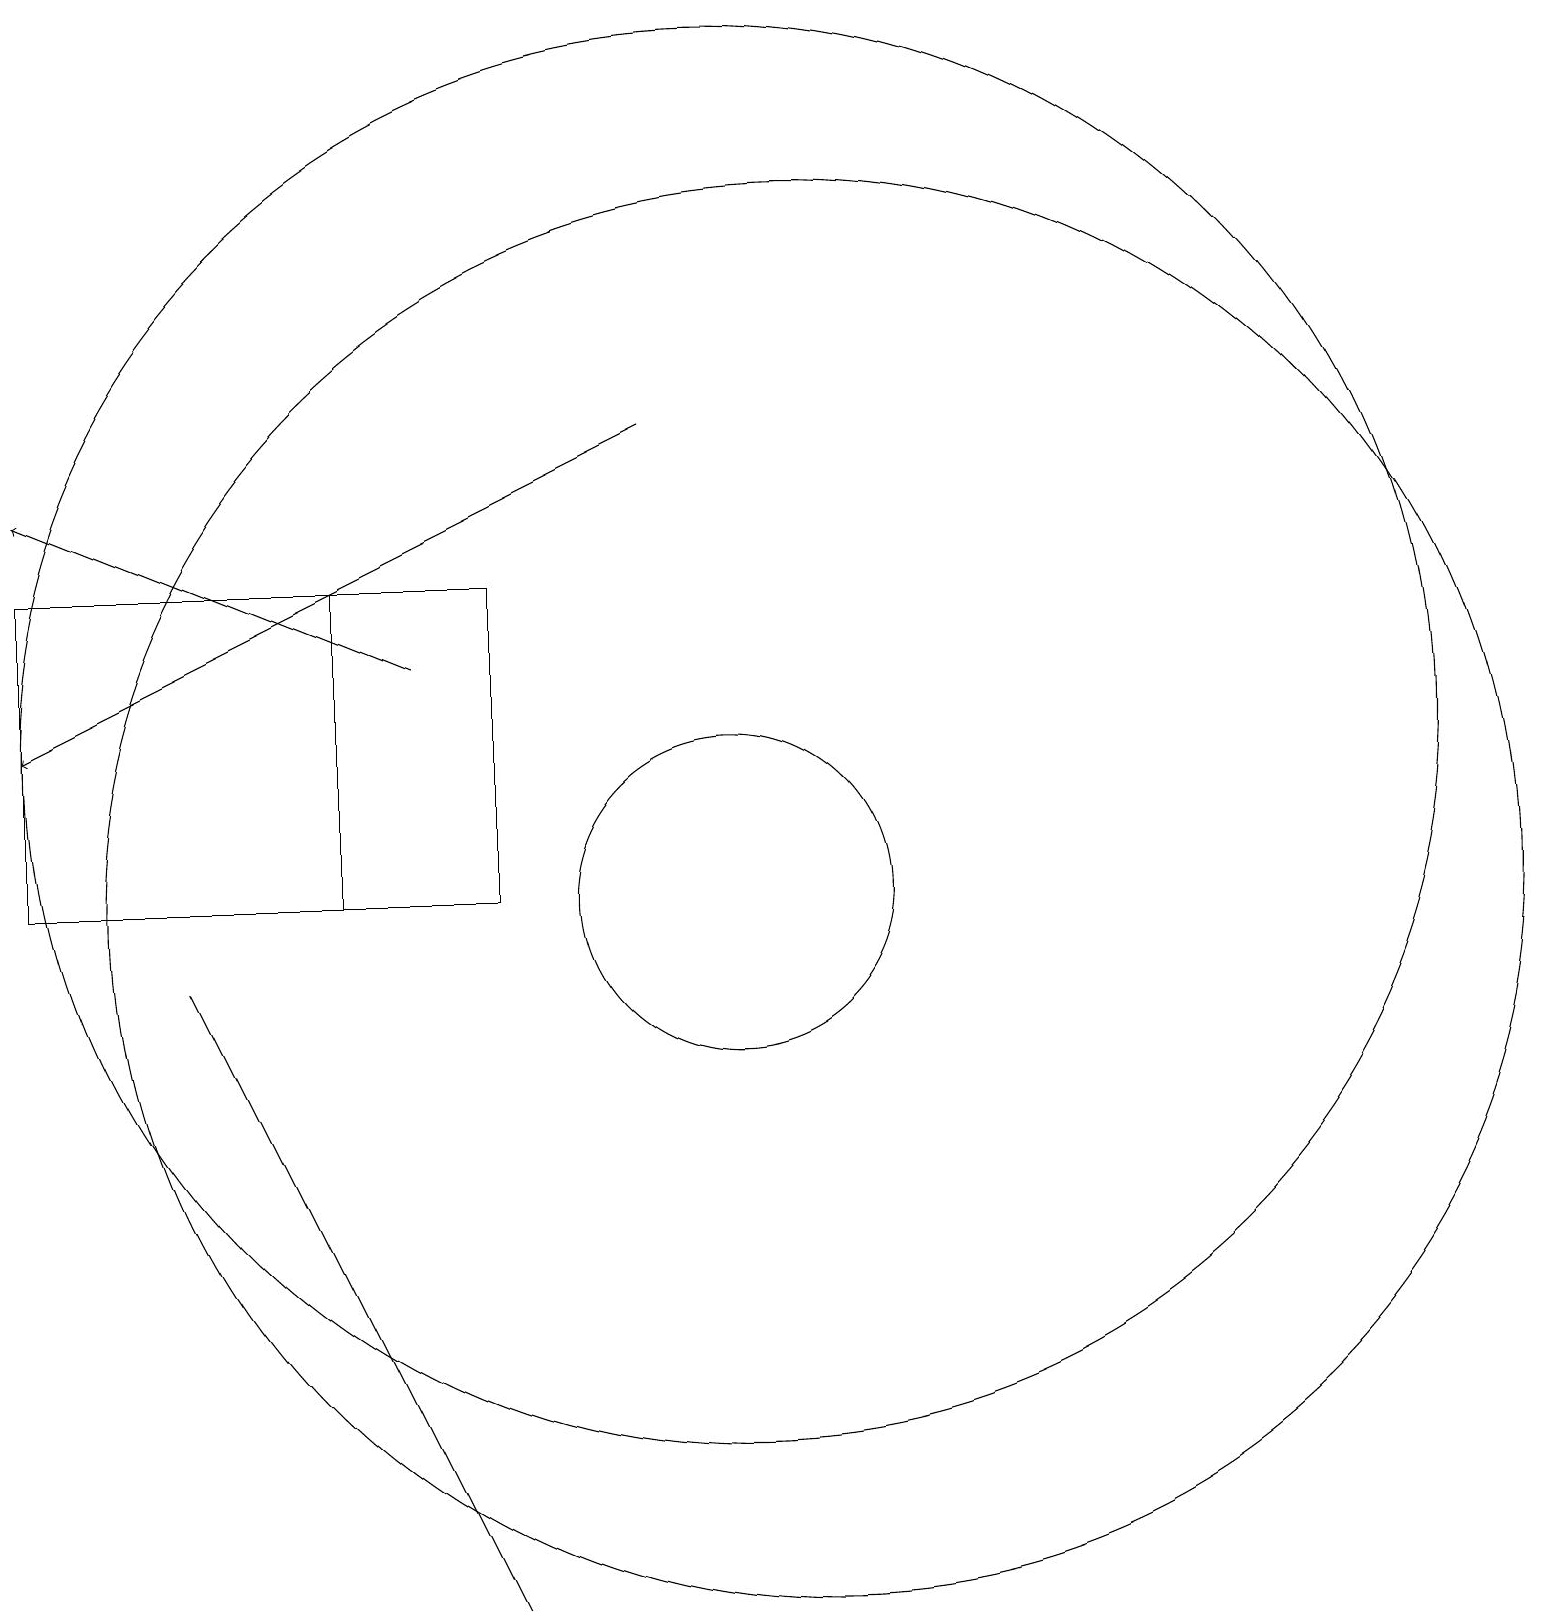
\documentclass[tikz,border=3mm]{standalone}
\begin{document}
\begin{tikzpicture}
\draw (10,12) circle (9);
\draw (10,10) circle (2);
\draw (7,10) rectangle (1,14);
\draw (11,10) circle (9);
\draw (1,14) rectangle (5,10);
\draw[->] (9,16) -- (1,12);
\draw (3,9) -- (6,3) -- (7,1) -- cycle;
\draw[->] (6,13) -- (1,15);
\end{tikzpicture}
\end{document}